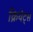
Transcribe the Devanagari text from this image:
क्रियेट्स